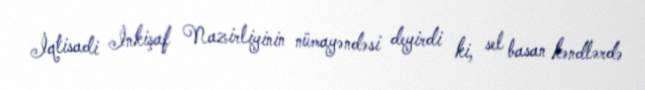
İqtisadi İnkişaf Nazirliyinin nümayəndəsi deyirdi ki, sel basan kəndlərdə